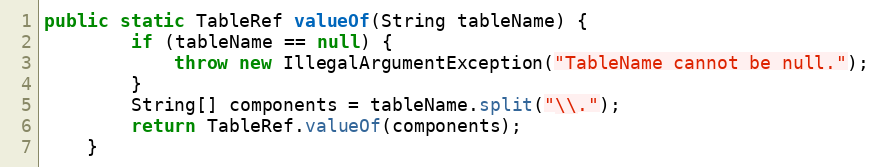
Language: Java
public static TableRef valueOf(String tableName) {
        if (tableName == null) {
            throw new IllegalArgumentException("TableName cannot be null.");
        }
        String[] components = tableName.split("\\.");
        return TableRef.valueOf(components);
    }